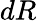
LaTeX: dR